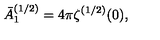
\bar { A } _ { 1 } ^ { ( 1 / 2 ) } = 4 \pi \zeta ^ { ( 1 / 2 ) } ( 0 ) ,